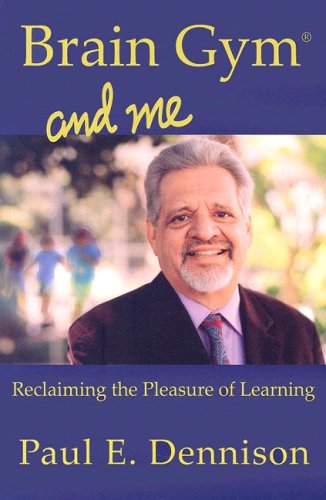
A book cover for Brain Gym and Me - Reclaiming the Pleasure of Learning; Paul E. Dennison; Biographies & Memoirs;